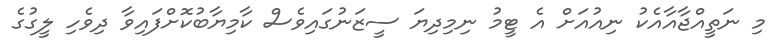
މި ނަތީއްޖާއާއެކު ނިއުއަށް އެ ޓީމު ނިމިދިޔަ ސީޒަނުގައިވެސް ކާމިޔާބުކޮށްފައިވާ ދިވެހި ލީގުގެ